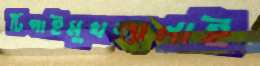
টিপাইমুখজ্বালাই